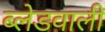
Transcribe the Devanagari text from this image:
ब्लेडवाली